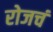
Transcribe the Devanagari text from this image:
रोजचं